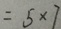
= 5 \times 7